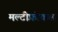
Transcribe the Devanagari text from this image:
मल्टीफ़ोकल